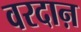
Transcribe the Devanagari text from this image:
वरदाऩ